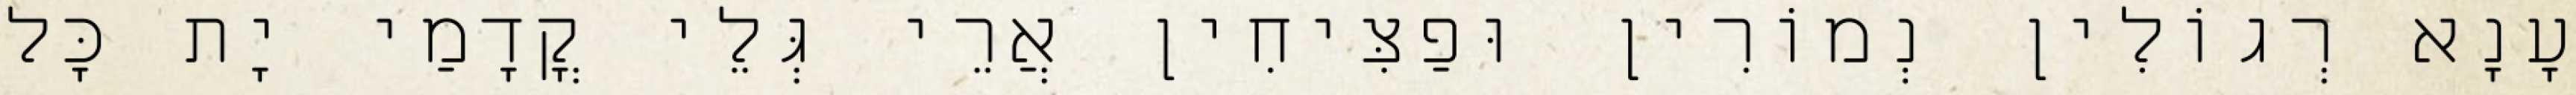
עָנָא רְגוֹלִין נְמוֹרִין וּפַצִּיחִין אֲרֵי גְּלֵי קֳדָמַי יָת כָּל